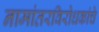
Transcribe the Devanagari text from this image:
नामांतरविरोधकांचे